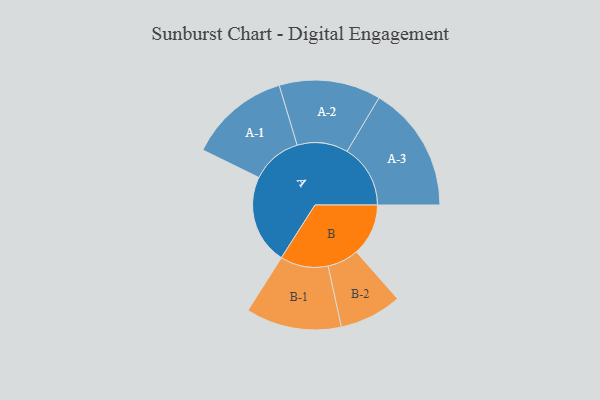
{"axis": {"x": "Segment", "y": "Value"}, "legend": ["", "A", "B"], "data": [{"x": "A", "y": 301, "type": ""}, {"x": "B", "y": 175, "type": ""}, {"x": "A-1", "y": 170, "type": "A"}, {"x": "A-2", "y": 171, "type": "A"}, {"x": "A-3", "y": 213, "type": "A"}, {"x": "B-1", "y": 161, "type": "B"}, {"x": "B-2", "y": 105, "type": "B"}]}